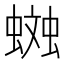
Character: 𧏎